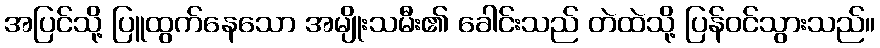
အပြင်သို့ ပြူထွက်နေသော အမျိုးသမီး၏ ခေါင်းသည် တဲထဲသို့ ပြန်ဝင်သွားသည်။